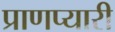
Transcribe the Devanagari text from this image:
प्राणप्यारी